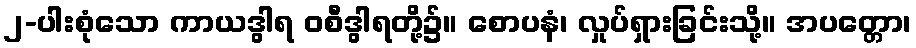
၂-ပါးစုံသော ကာယဒွါရ ဝစီဒွါရတို့၌။ စောပနံ၊ လှုပ်ရှားခြင်းသို့။ အပတ္တော၊